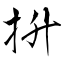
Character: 抍